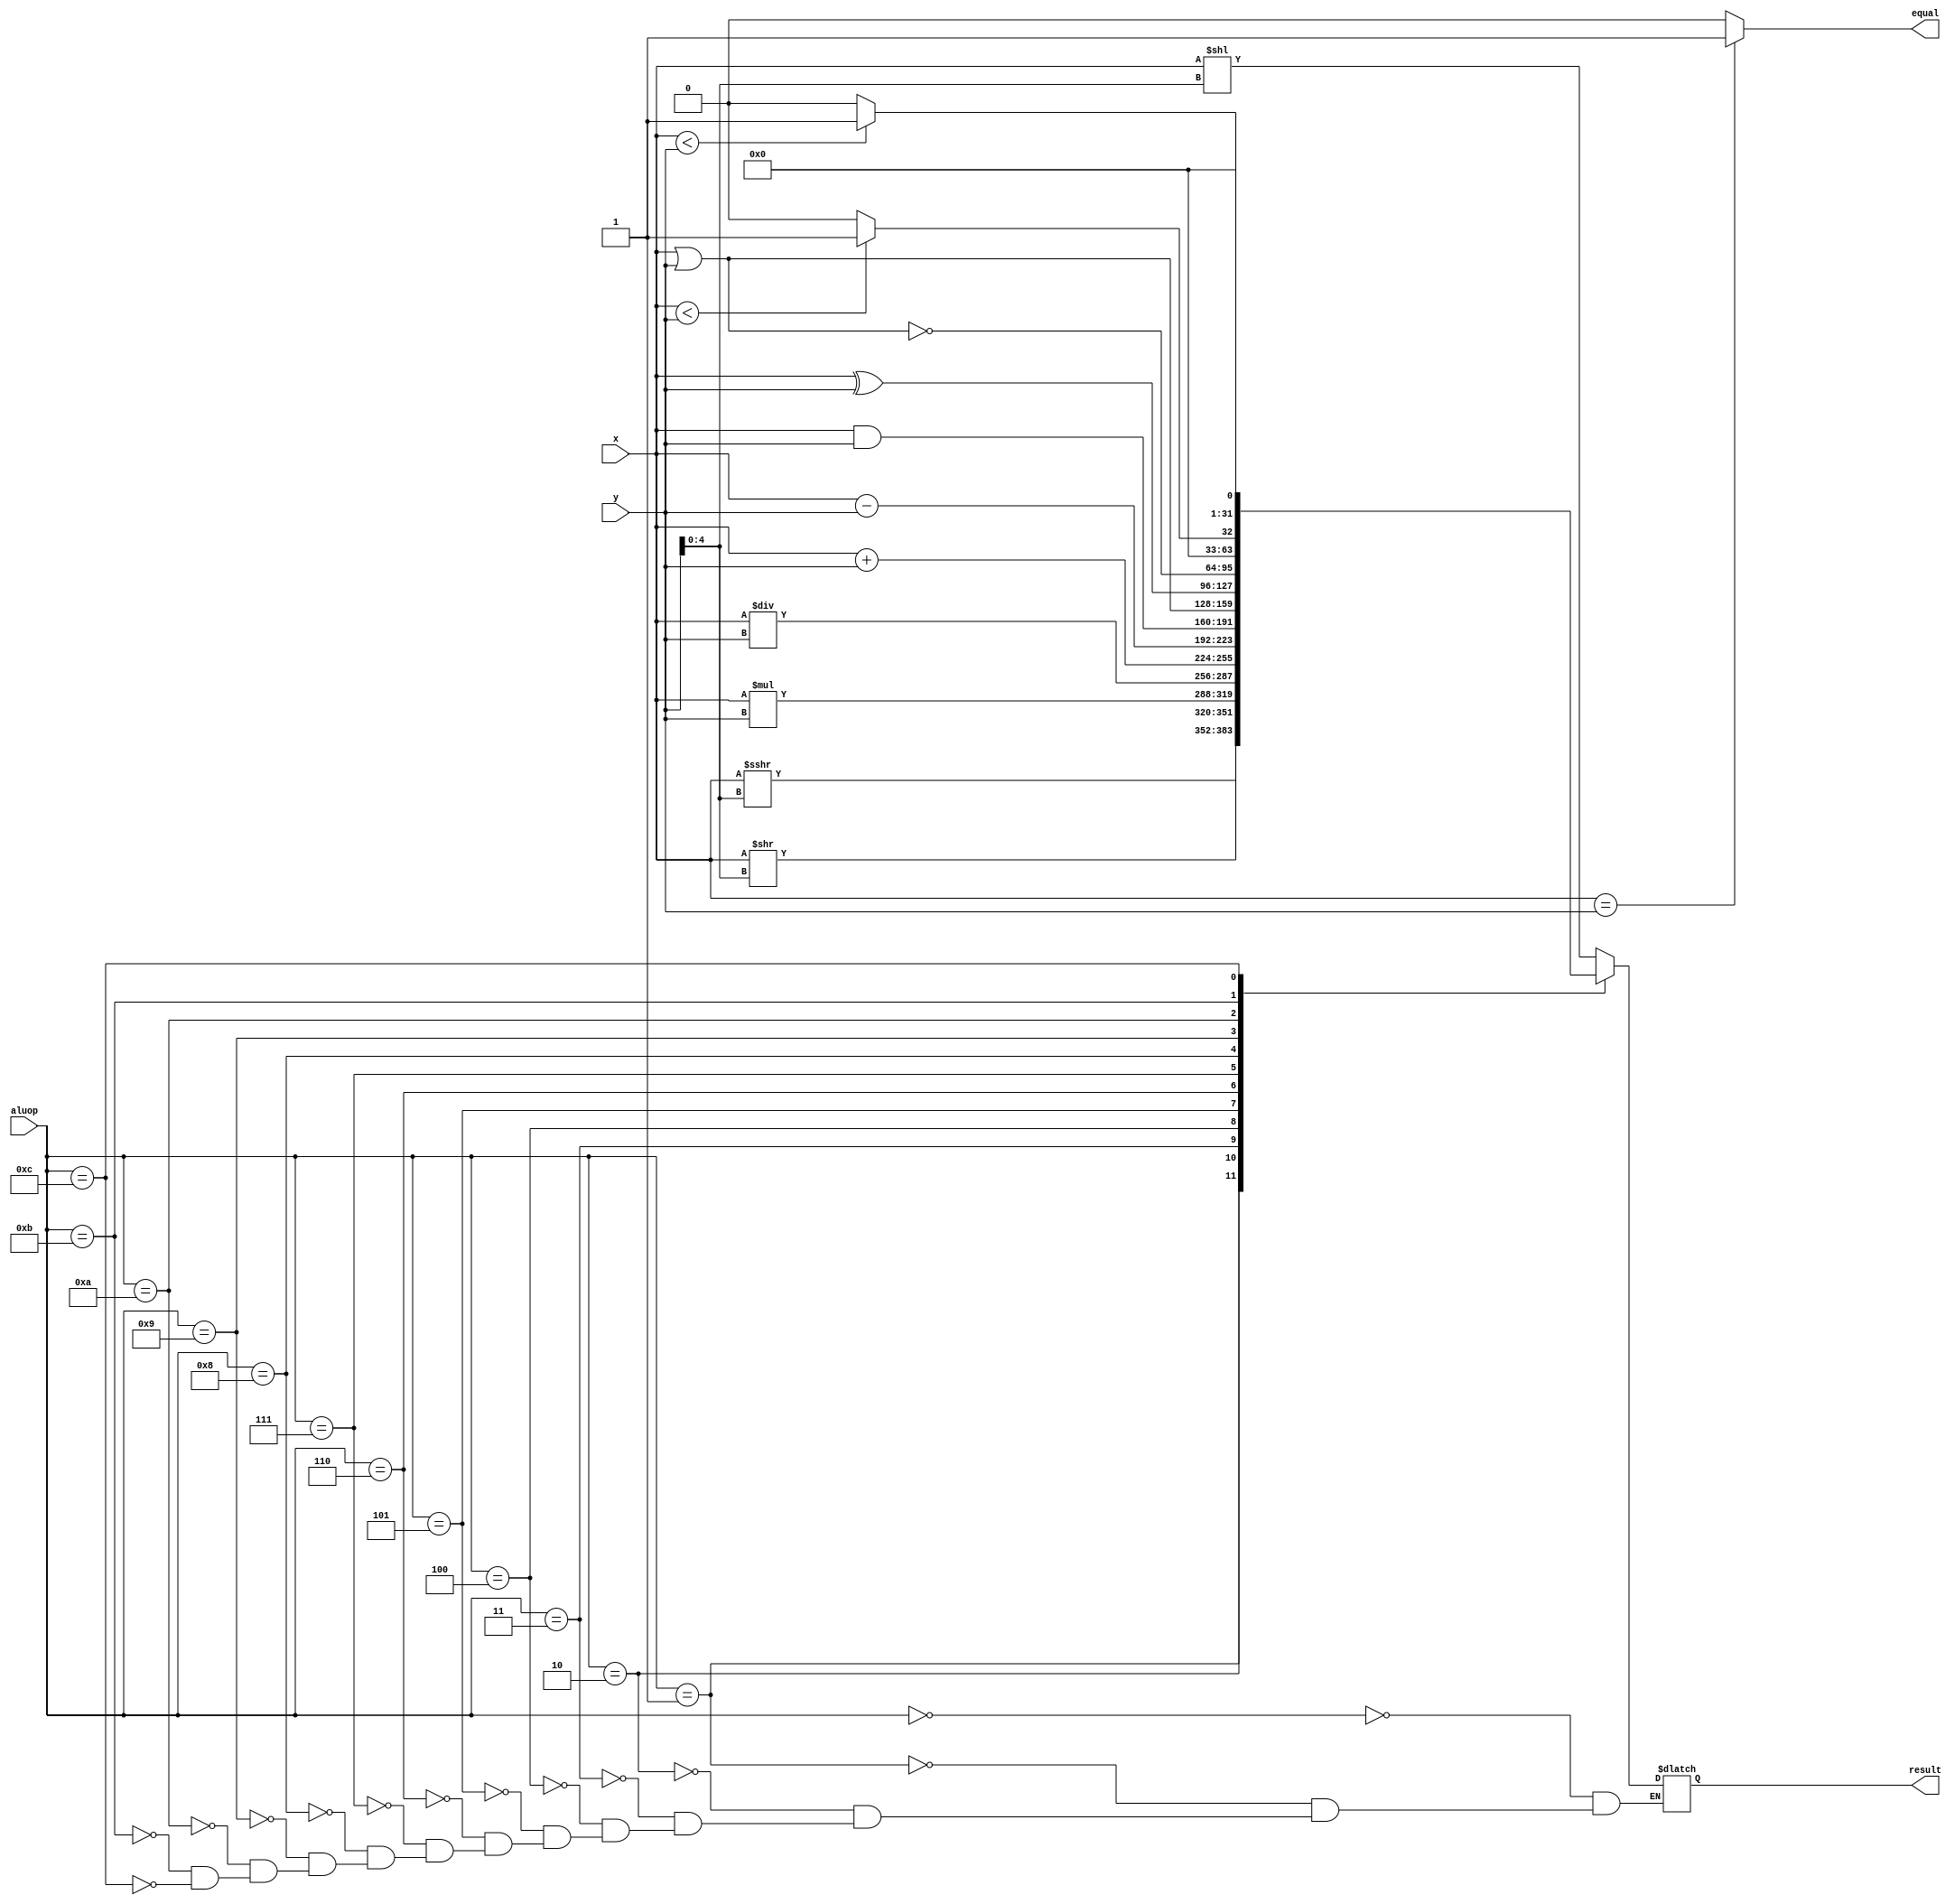
`timescale 1ns / 1ps
//////////////////////////////////////////////////////////////////////////////////
// Module Name: alu(ALU)
//x and y     
//          aluop()
//result32 
//          equalxy 
//////////////////////////////////////////////////////////////////////////////////
module alu(x,y,aluop,result,equal);
input[31:0]x;
input[31:0]y;
input[3:0]aluop;
output reg [31:0]result;
output reg equal;


always@(x or y or aluop)
begin
    case(aluop)
    0:result=x<<(y[4:0]);//
    1:result=($signed(x))>>>(y[4:0]);//
    2:result=x>>(y[4:0]);//
    3:result=x*y;    //cpu
    4:result=x/y;    //cpu
    5:result=x+y;    //
    6:result=x-y;    //
    7:result=x&y;    //
    8:result=x|y;    //
    9:result=x^y;    //
    10:result=~(x|y);//
    11:result= ($signed(x)<$signed(y))?1:0;       //
    12:result= ($unsigned(x)<$unsigned(y))?1:0;  //
    default:result=result;
    endcase
end

always@(x or y or aluop)
begin
    equal=(x==y)?1:0;
end
    
endmodule